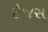
રોજસ